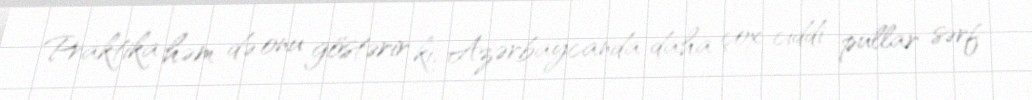
Praktika həm də onu göstərir ki, Azərbaycanda daha çox ciddi pullar sərf